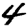
Digit: 4